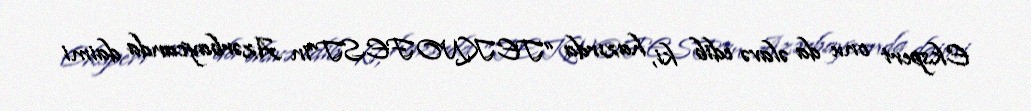
Ekspert onu da əlavə edib ki, hazırda “TEKNOFEST”in Azərbaycanda daimi